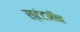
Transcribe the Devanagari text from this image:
स्टंटमॅन